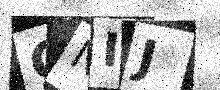
Text: GNIJ